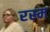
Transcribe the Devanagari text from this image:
रस्‍म